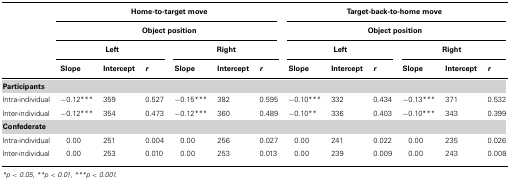
|  | <COLSPAN=6> Home-to-target move | <COLSPAN=6> Target-back-to-home move |
 |  | <COLSPAN=6> Object position | <COLSPAN=6> Object position |
 |  | <COLSPAN=3> Left | <COLSPAN=3> Right | <COLSPAN=3> Left | <COLSPAN=3> Right |
 |  | Slope | Intercept | r | Slope | Intercept | r | Slope | Intercept | r | Slope | Intercept | r |
 | --- | --- | --- | --- | --- | --- | --- | --- | --- | --- | --- | --- | --- |
 | Participants |
 | Intra-individual | -0.12*** | 359 | 0.527 | -0.15*** | 382 | 0.595 | -0.10*** | 332 | 0.434 | -0.13*** | 371 | 0.532 |
 | Inter-individual | -0.12*** | 354 | 0.473 | -0.12*** | 360 | 0.489 | -0.10** | 336 | 0.403 | -0.10*** | 343 | 0.399 |
 | Confederate |
 | Intra-individual | 0.00 | 251 | 0.004 | 0.00 | 256 | 0.027 | 0.00 | 241 | 0.022 | 0.00 | 235 | 0.026 |
 | Inter-individual | 0.00 | 253 | 0.010 | 0.00 | 253 | 0.013 | 0.00 | 239 | 0.009 | 0.00 | 243 | 0.008 |